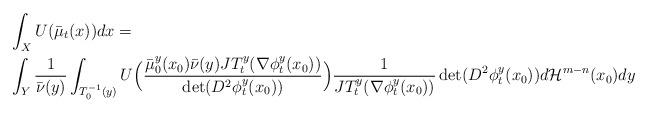
LaTeX: \begin{align*}&\int_XU(\bar \mu_t(x))dx=\\&\int_Y\frac{1}{\bar \nu(y)}\int_{T_0^{-1}(y)}U\Big(\frac{\bar \mu_0^y(x_0)\bar \nu(y)JT^y_t(\nabla\phi^y_t(x_0))}{\det(D^2\phi^y_t(x_0))}\Big)\frac{1}{JT^y_t(\nabla\phi^y_t(x_0))}\det(D^2\phi_t^y(x_0))d\mathcal H^{m-n}(x_0)dy \end{align*}